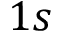
1 s